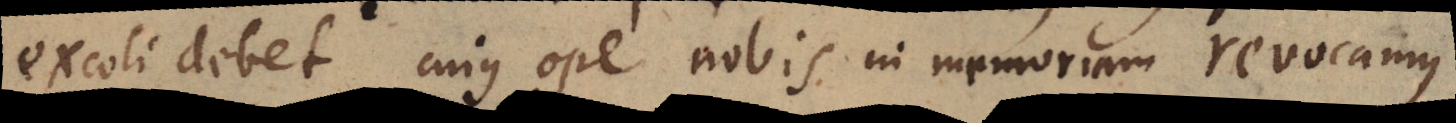
excoli debet, cujus ope nobis in memoriam revocamus